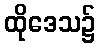
ထိုဒေသ၌